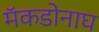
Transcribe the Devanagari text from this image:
मॅकडोनाघ